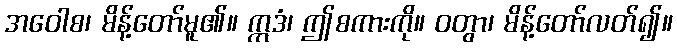
အဝေါစ၊ မိန့်တော်မူ၏။ ဣဒံ၊ ဤစကားကို။ ဝတွာ၊ မိန့်တော်လတ်၍။